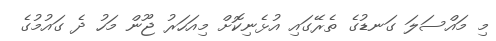
މި މައްސަލަ ގަނޑުގެ ތެރޭގައި އުޅެނިކޮށް މިއަހަރު ޖޫން މަހު ދެ ގައުމުގެ